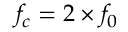
f _ { c } = 2 \times f _ { 0 }